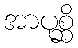
အာပုစ္ဆိ